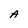
Character: A